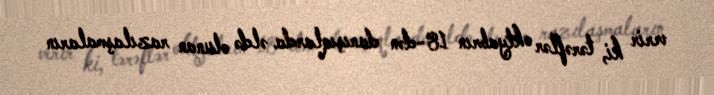
verir ki, tərəflər oktyabrın 18-dən danışıqlarda əldə olunan razılaşmaların